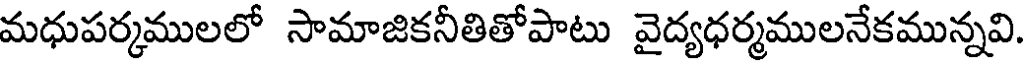
మధుపర్కములలో సామాజికనీతితోపాటు వైద్యధర్మములనేకమున్నవి.